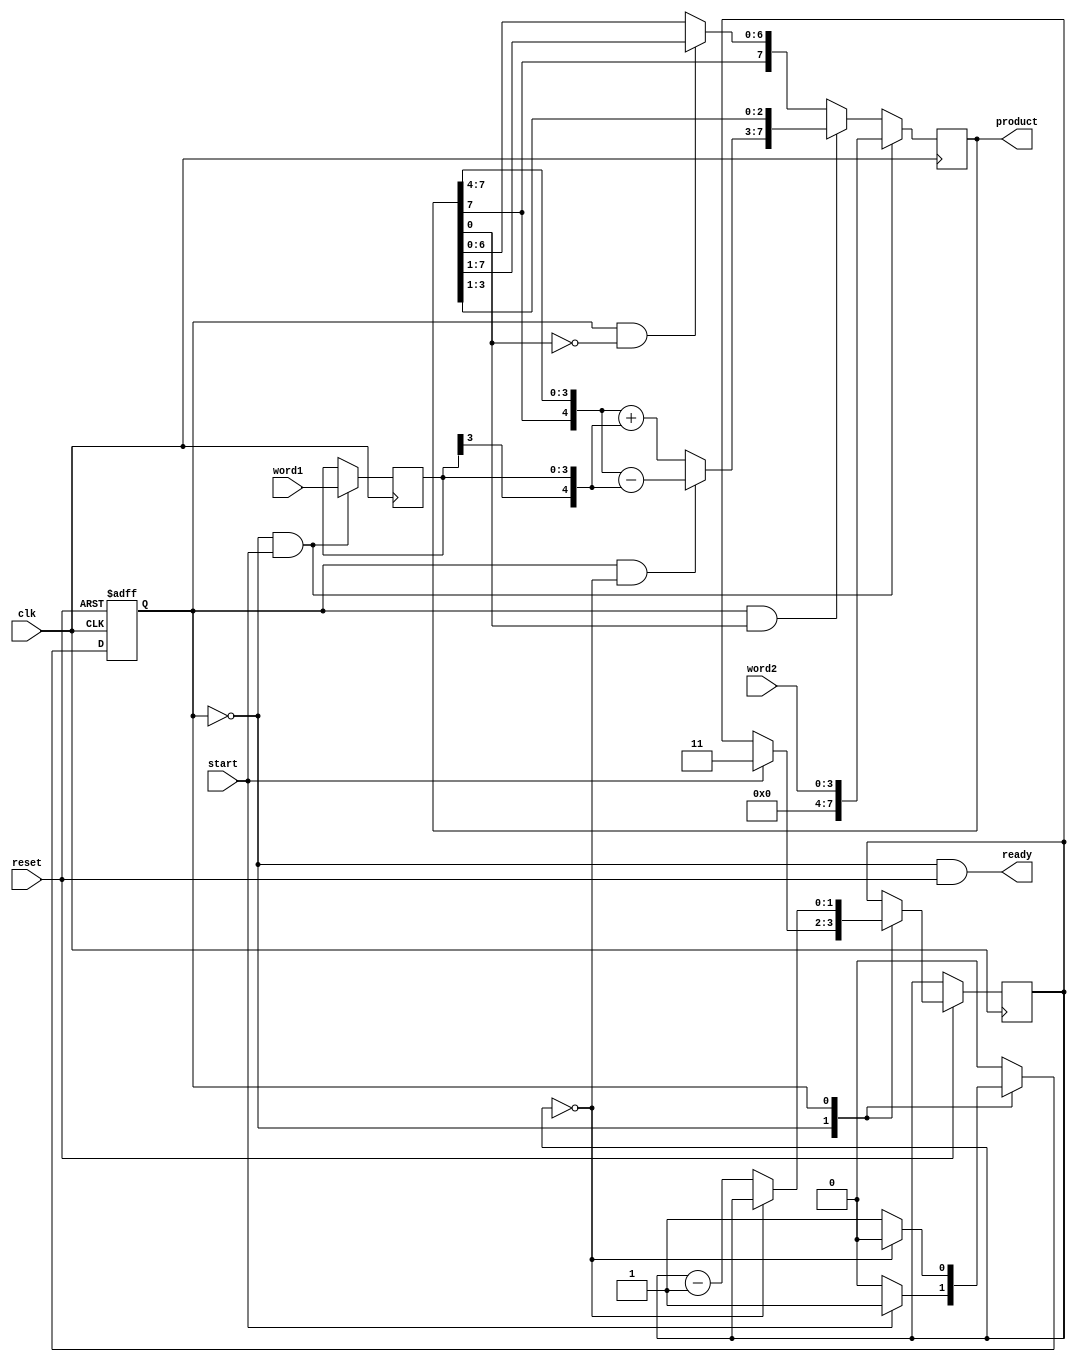
module smul(clk, reset, start, word1, word2, product, ready);
	input clk, reset, start;
	input [3:0] word1, word2;
	output [7:0] product;
	output ready;
	wire m0; 
	wire load, shift, addshift; 
	wire sub; 
	
	
	reg [7:0] product;
	reg [3:0] multiplicand;
	wire[4:0] sum; // 5-bit
	wire[4:0] emcand, eprod;
	
	assign m0 = product[0];
	
	assign eprod = {product[7], product[7:4]}; 
	assign emcand = {multiplicand[3],multiplicand}; 
	assign sum = sub ? (eprod - emcand) : (eprod + emcand);
	
	always @ (posedge clk) begin
		if (load) begin
			multiplicand <= word1;
			product <= {4'b0, word2}; 
		end
		else if (addshift) product <= {sum, product[3:1]};
		else if (shift) product <= {product[7], product[7:1]}; 
	end
	
	
	localparam S0=0, S1=1;
	reg state;
	reg [1:0] count;
	
	always @ (posedge clk, negedge reset) 
		if (~reset) state <= S0;
		else
			case (state)
			S0: if (start) begin state <= S1; count <= 3; end
			S1: if (count==0) state <= S0;
			else count <= count - 1;
			endcase
	
	assign load = (state==S0) && start;
	assign shift = (state==S1) && ~m0;
	assign addshift = (state==S1) && m0;
	assign ready = (state==S0) && reset;
	assign sub = (state==S1) && (count==0); 
endmodule